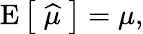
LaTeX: \operatorname{E}{\big[}\; {\widehat{\mu}}\; {\big]}=\mu,